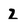
Character: z